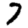
Digit: 7